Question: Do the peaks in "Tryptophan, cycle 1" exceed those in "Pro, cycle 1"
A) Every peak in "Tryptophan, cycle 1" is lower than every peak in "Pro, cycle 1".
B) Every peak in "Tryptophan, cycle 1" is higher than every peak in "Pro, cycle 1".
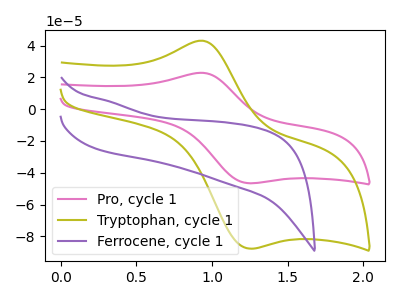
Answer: <think>The pink curve "Pro, cycle 1" has an anodic peak at (0.95V, 22.90uA) and a cathodic peak at (1.25V, -46.55uA). The olive curve "Tryptophan, cycle 1" has an anodic peak at (0.95V, 43.10uA) and a cathodic peak at (1.25V, -87.65uA). The purple curve "Ferrocene, cycle 1" has no peaks.</think>
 <answer>B) Every peak in "Tryptophan, cycle 1" is higher than every peak in "Pro, cycle 1".</answer>
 <eval>B</eval>